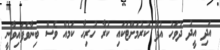
އަދި އީދު ދުވަހު އުފާ ކުރުމަށްޓަކައި ކުރާ ހުރިހާ ކަމެއް ވެސް ބިނާވެފައިވާނީ